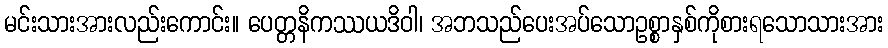
မင်းသားအားလည်းကောင်း။ ပေတ္တနိကဿယဒိဝါ၊ အဘသည်ပေးအပ်သောဥစ္စာနှစ်ကိုစားရသောသားအား